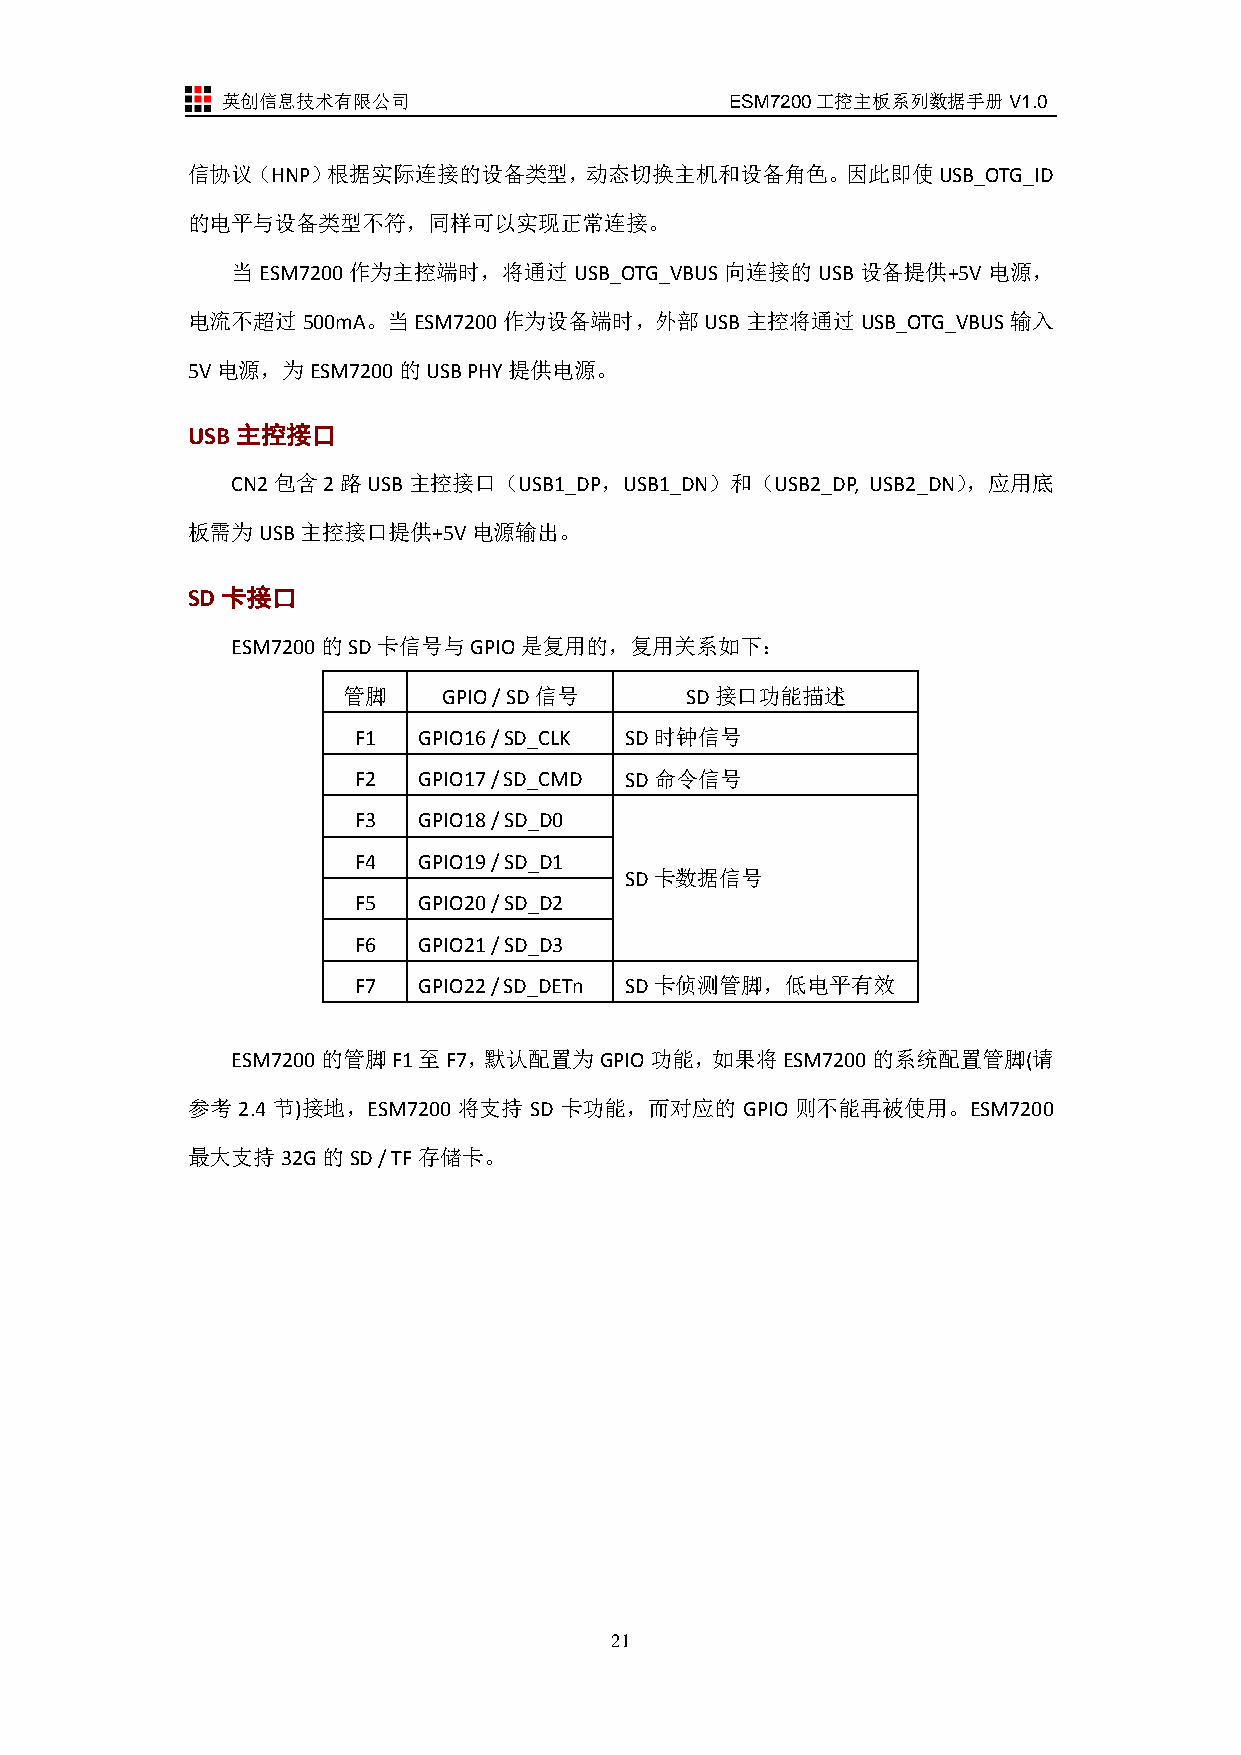
英创信息技术有限公司                       ESM7200工控主板系列数据手册V1.0
 信协议（HNP）根据实际连接的设备类型，动态切换主机和设备角色。因此即使USB_OTG_ID
 的电平与设备类型不符，同样可以实现正常连接。
 当ESM7200作为主控端时，将通过USB_OTG_VBUS向连接的USB设备提供+5V电源，
 电流不超过500mA。当ESM7200作为设备端时，外部USB主控将通过USB_OTG_VBUS输入
 5V电源，为ESM7200的USB  PHY提供电源。
 USB主控接口
 CN2包含2路USB主控接口（USB1_DP，USB1_DN）和（USB2_DP,  USB2_DN），应用底
 板需为USB主控接口提供+5V电源输出。
 SD卡接口
 ESM7200的SD卡信号与GPIO是复用的，复用关系如下：
 管脚    GPIO / SD信号     SD接口功能描述
 F1   GPIO16 / SD_CLK SD时钟信号
 F2   GPIO17 / SD_CMD SD命令信号
 F3   GPIO18 / SD_D0
 F4   GPIO19 / SD_D1
 SD卡数据信号
 F5   GPIO20 / SD_D2
 F6   GPIO21 / SD_D3
 F7   GPIO22 / SD_DETn SD卡侦测管脚，低电平有效
 ESM7200的管脚F1至F7，默认配置为GPIO功能，如果将ESM7200的系统配置管脚(请
 参考  2.4 节)接地，ESM7200 将支持 SD 卡功能，而对应的 GPIO 则不能再被使用。ESM7200
 最大支持32G的SD   / TF存储卡。
 21